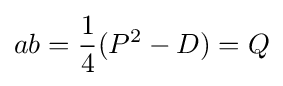
ab={\frac {1}{4}}(P^{2}-D)=Q